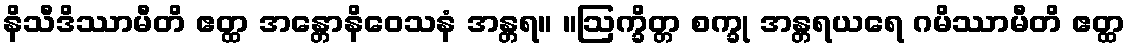
နိသီဒိဿာမီတိ ဧတ္ထ အန္တောနိဝေသနံ အန္တရ။ ။ဩက္ခိတ္တ စက္ခု အန္တရယရေ ဂမိဿာမီတိ ဧတ္ထ